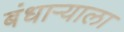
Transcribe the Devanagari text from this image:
बंधार्‍याला